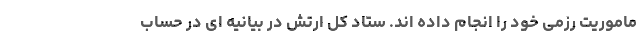
ماموریت رزمی خود را انجام داده اند. ستاد کل ارتش در بیانیه ای در حساب